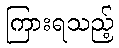
ကြားရသည့်